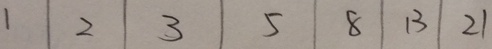
1 2 3 5 8 1 3 2 1